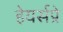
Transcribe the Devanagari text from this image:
हेयर्सप्रे